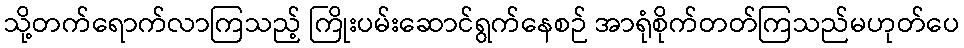
သို့တက်ရောက်လာကြသည့် ကြိုးပမ်းဆောင်ရွက်နေစဉ် အာရုံစိုက်တတ်ကြသည်မဟုတ်ပေ